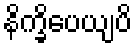
နိက္ခိပေယျပိ